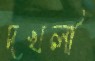
দখলী